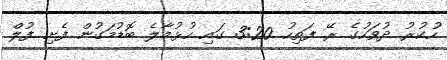
ހުކުރު ދުވަހުގެ ރޭ ފަތިހު 3:20 ގައި ހުޅުމާލެ ބޮޑުމަގުން ފެށި ފުލް